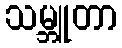
သမ္ဘူတာ